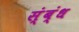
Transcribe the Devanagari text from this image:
स्ंब्ंध